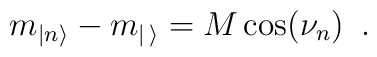
m_{|n\rangle }-m_{|\, \rangle }=M\cos (\nu _{n})\, \, \, .